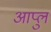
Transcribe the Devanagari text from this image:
आप्लु